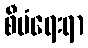
စီမံရေးရာ